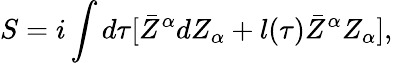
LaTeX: S=i\int d\tau[\bar{Z}^{\alpha}dZ_{\alpha}+l(\tau)\bar{Z}^{\alpha}Z_{\alpha}],